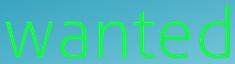
wanted